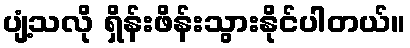
ပျံ့သလို ရှိန်းဖိန်းသွားနိုင်ပါတယ်။